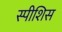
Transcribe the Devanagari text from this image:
स्पीशिस